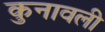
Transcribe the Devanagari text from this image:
कुनावली